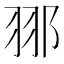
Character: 䣁